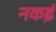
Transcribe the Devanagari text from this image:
नकई